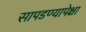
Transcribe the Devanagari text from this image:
सापडण्यापेक्षा